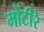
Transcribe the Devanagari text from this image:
मोंटीरे